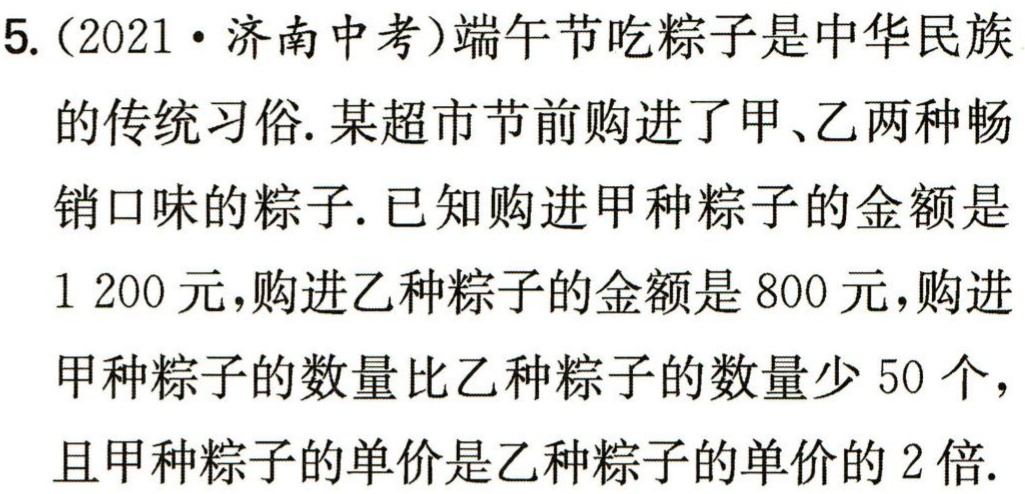
5.（2021·济南中考）端午节吃粽子是中华民族的传统习俗. 某超市节前购进了甲、乙两种畅销口味的粽子. 已知购进甲种粽子的金额是$1 200$元，购进乙种粽子的金额是$800$元，购进甲种粽子的数量比乙种粽子的数量少$50$个，且甲种粽子的单价是乙种粽子的单价的$2$倍.